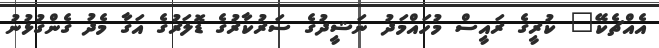
އެއްޗެކޭ" ކުރީގެ ރައީސް މުހައްމަދު ނަޝީދުގެ ސަރުކާރުގެ ޑޮލަރުގެ އަގާ މެދު ގެންގުޅުނު